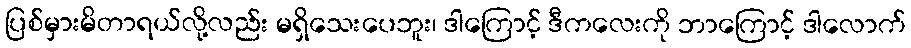
ပြစ်မှားမိတာရယ်လို့လည်း မရှိသေးပေဘူး၊ ဒါကြောင့် ဒီကလေးကို ဘာကြောင့် ဒါလောက်